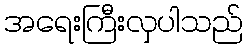
အရေးကြီးလှပါသည်